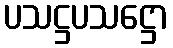
ပသဋ္ဌပသဋ္ဌော